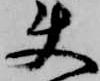
使